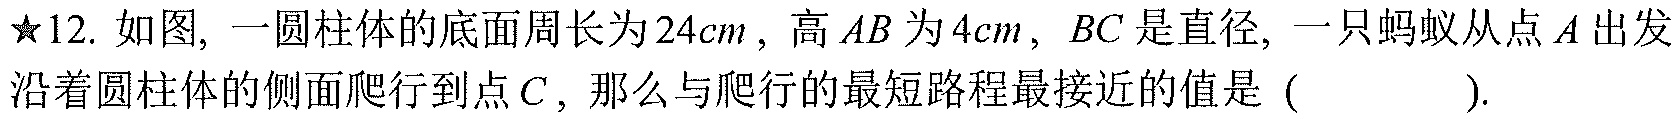
★12. 如图, 一圆柱体的底面周长为\(24cm\)，高\(AB\)为\(4cm\)，\(BC\)是直径, 一只蚂蚁从点\(A\)出发沿着圆柱体的侧面爬行到点\(C\)，那么与爬行的最短路程最接近的值是 ( ).